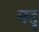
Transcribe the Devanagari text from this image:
बद्दू